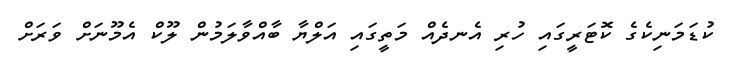
ކުޑަމަނިކެގެ ކޮޓަރީގައި ހުރި އެނދެެއް މަތީގައި އަލްޔާ ބާއްވާލަމުން ލޫކް އެމޫނަށް ވަރަށް